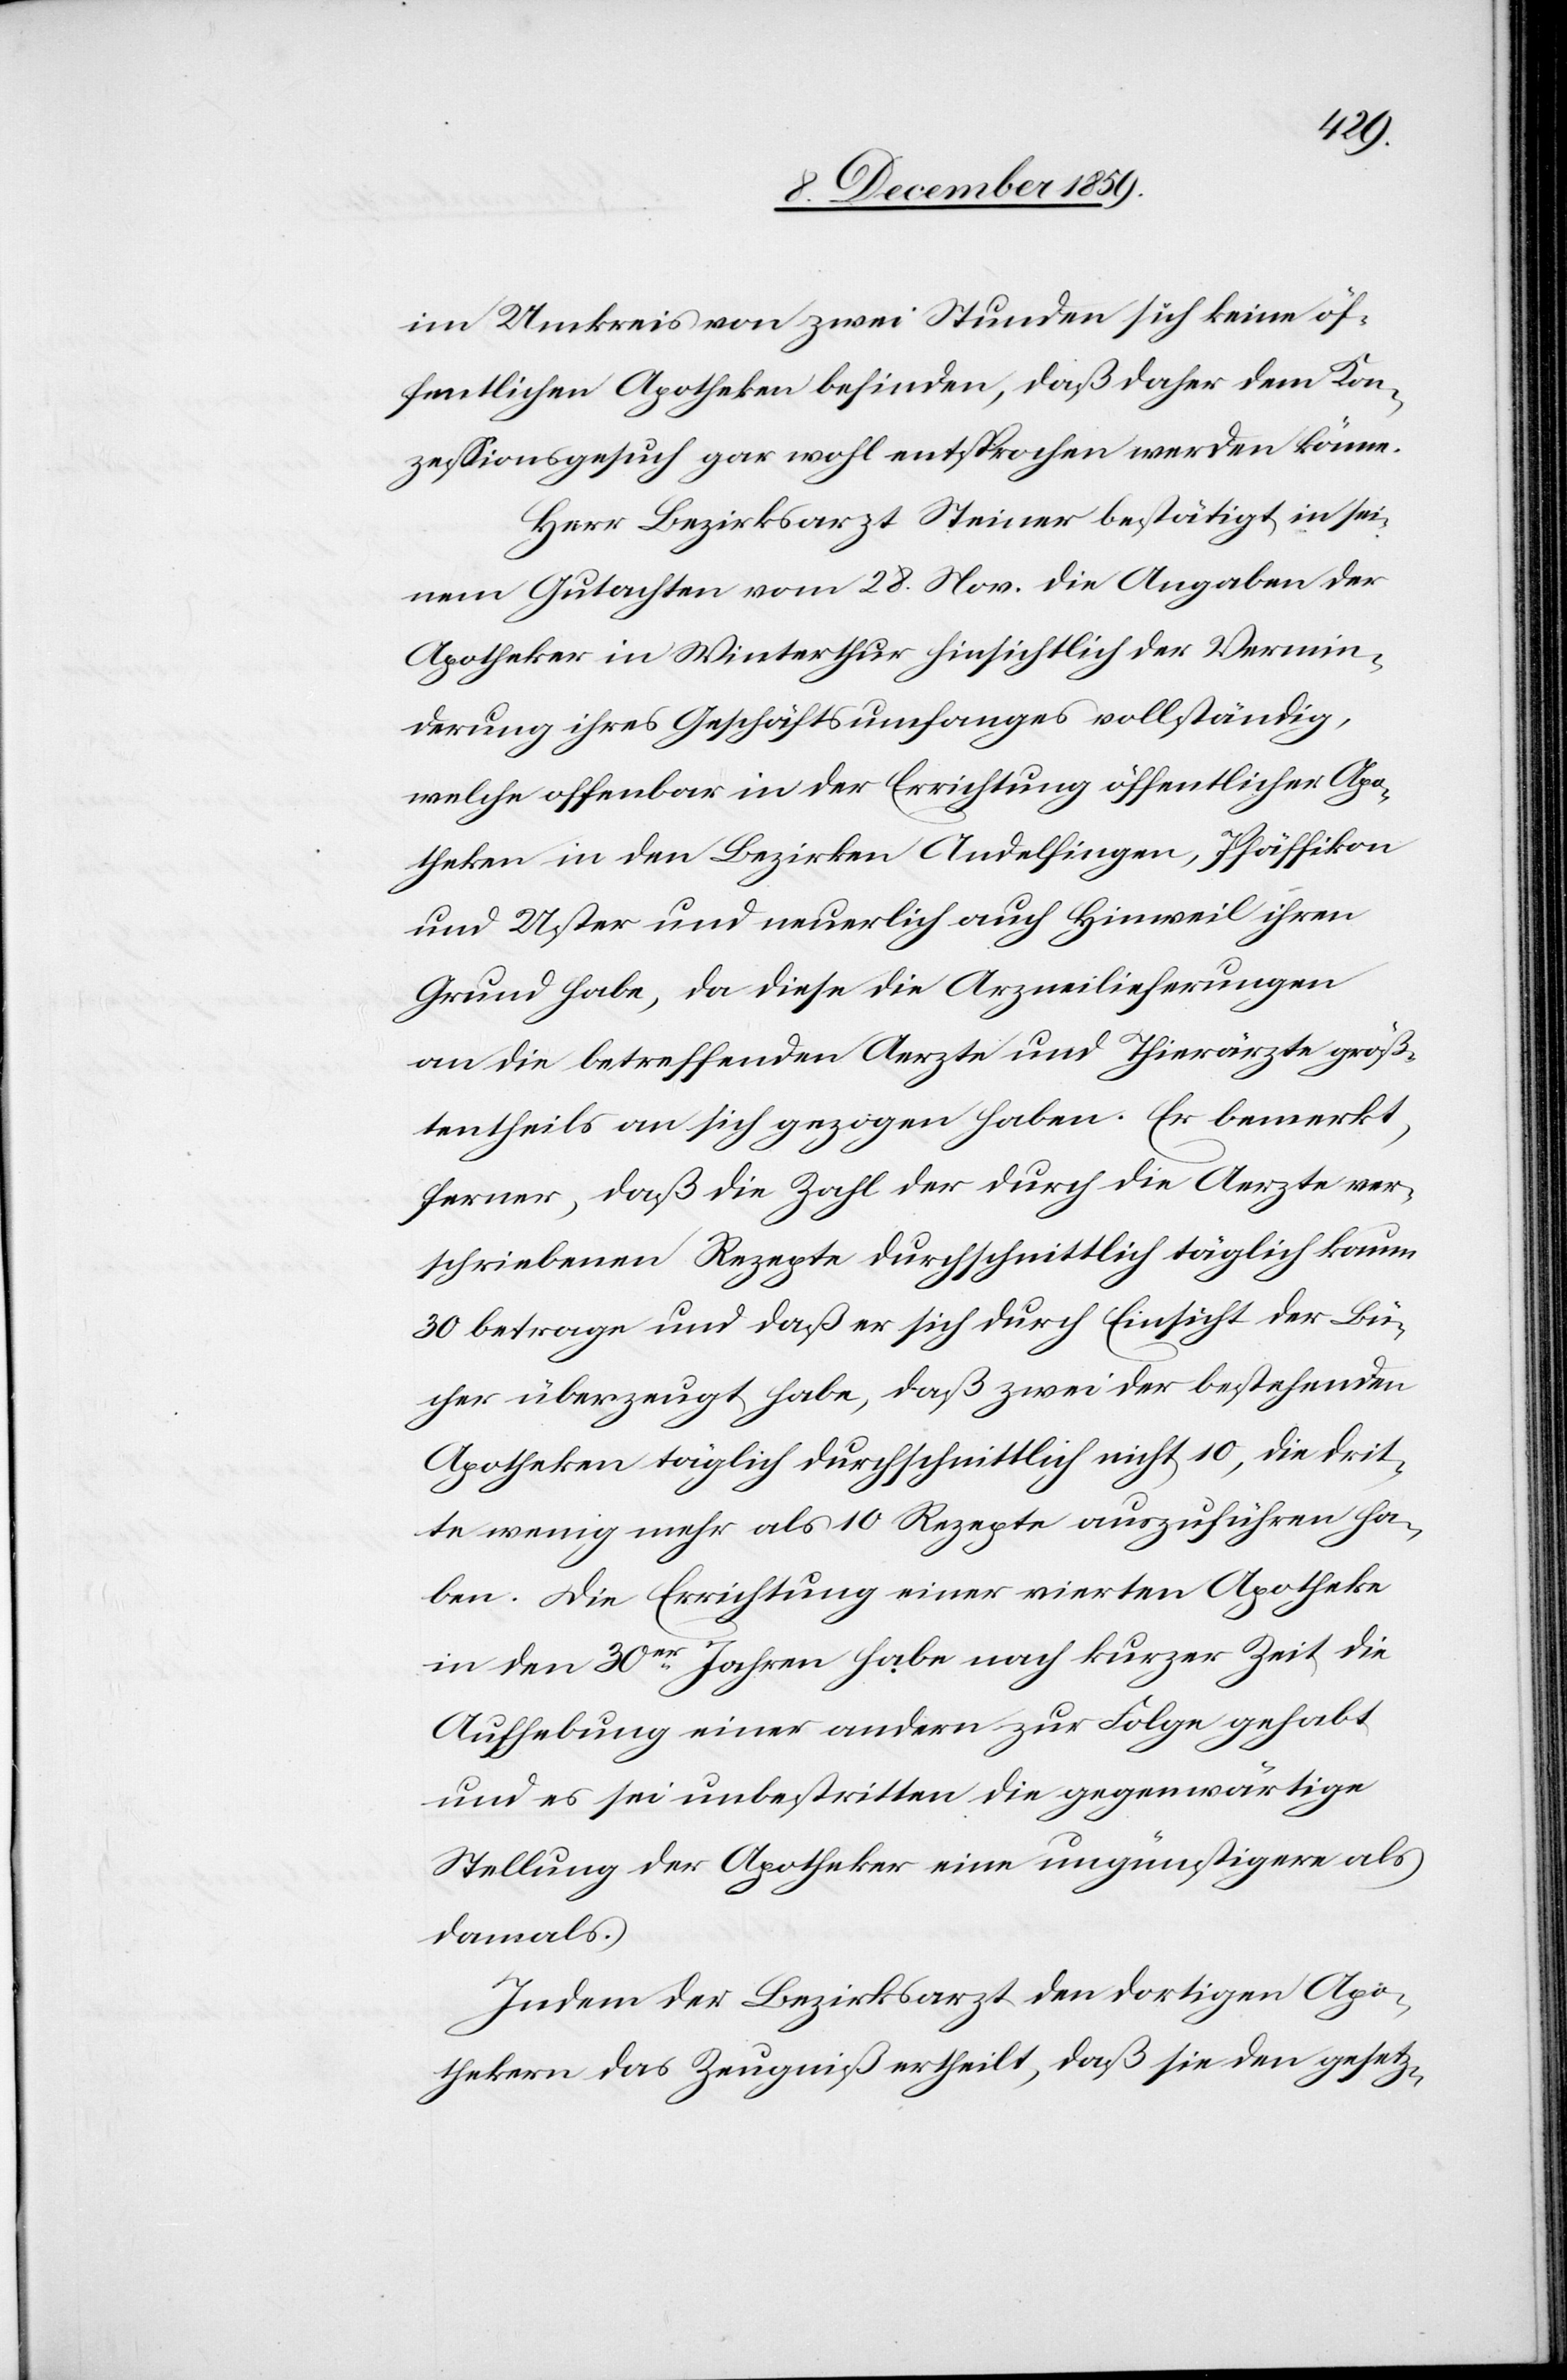
im Umkreis von zwei Stunden sich keine öf¬
fentliche Apotheke befinde, daß daher dem Kon¬
zessionsgesuch gar wohl entsprochen werden könne.
Herr Bezirksarzt Steiner bestätigt in sei¬
nem Gutachtem vom 28. Nov. die Angaben der
Apotheker in Winterthur hinsichtlich der Vermin¬
derung ihres Geschäftsumfanges vollständig,
welche offenbar in der Errichtung öffentlicher Apo¬
theken in den Bezirken Andelfingen, Pfäffikon
und Uster und neuerlich auch Hinweil ihren
Grund habe, da diese die Arzneilieferungen
an die betreffenden Aerzte und Thierärzte größ¬
tentheils an sich gezogen haben. Er bemerkt,
ferner, daß die Zahl der durch die Aerzte ver¬
schriebenen Rezepte durchschnittlich täglich kaum
30 betrage und daß er sich durch Einsicht der Bü¬
cher überzeugt habe, daß zwei der bestehenden
Apotheken täglich durchschnittlich nicht 10, die drit¬
te wenig mehr als 10 Rezepte auszuführen ha¬
ben. Die Errichtung einer vierten Apotheke
in den 30er Jahren habe nach kurzer Zeit die
Aufhebung einer andern zur Folge gehabt
und es sei unbestritten die gegenwärtige
Stellung der Apotheker eine ungünstigere als
damals.
Indem der Bezirksrath den dortigen Apo¬
thekern das Zeugniß ertheilt, daß sie den gesetz-